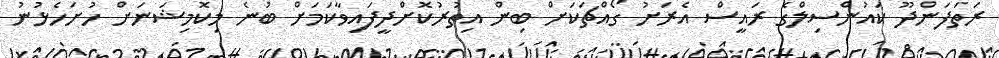
ރަތަފަންދޫ ކައުންސިލްގެ ރައީސް އެރަށު ގޯއްޗަކަށް ބިން އިތުރުކޮށްދީފައިވާކަމަށް ބުނެ މިކޮމިޝަނަށް ހުށަހެޅުނު